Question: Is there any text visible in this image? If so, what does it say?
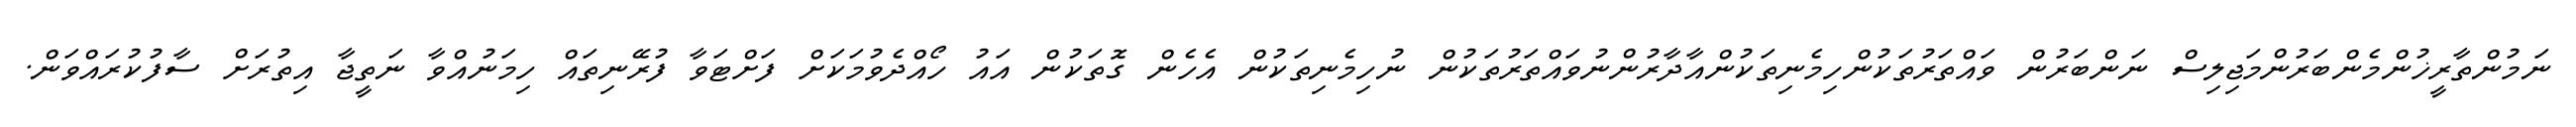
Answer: ނަމުންތާރީޚުންމެންބަރުންމަޖިލިސް ނަންބަރުން ވައްތަރުތަކުންހިމެނިތަކުންއާދާރުންނުވައްތަރުތަކުން ނުހިމެނިތަކުން އެހެން ގޮތަކުން އައު ހޯއްދެވުމަކަށް ފަށްޓަވާ ފުރޭނިތައް ހިމަނުއްވާ ނަތީޖާ އިތުރަށް ސާފުކުރައްވަން.